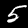
Digit: 5